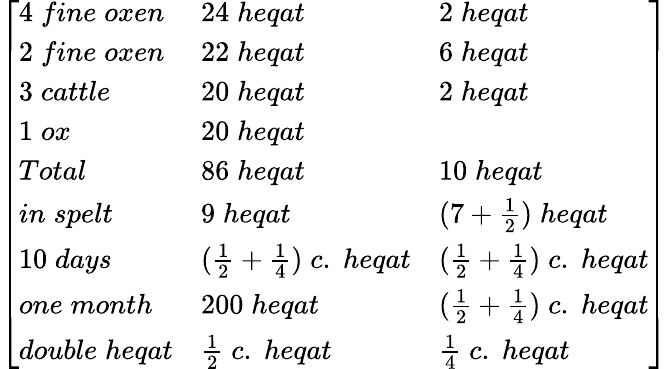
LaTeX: \left[\begin{array}{lll}{4\; fine\; oxen}&{24\; heqat}&{2\; heqat}\\ {2\; fine\; oxen}&{22\; heqat}&{6\; heqat}\\ {3\; cattle}&{20\; heqat}&{2\; heqat}\\ {1\; ox}&{20\; heqat}&{}\\ {Total}&{86\; heqat}&{10\; heqat}\\ {in\; spelt}&{9\; heqat}&{(7+{\frac{1}{2}})\; heqat}\\ {10\; days}&{({\frac{1}{2}}+{\frac{1}{4}})\; c.\; heqat}&{({\frac{1}{2}}+{\frac{1}{4}})\; c.\; heqat}\\ {one\; month}&{200\; heqat}&{({\frac{1}{2}}+{\frac{1}{4}})\; c.\; heqat}\\ {double\; heqat}&{{\frac{1}{2}}\; c.\; heqat}&{{\frac{1}{4}}\; c.\; heqat}\end{array}\right]